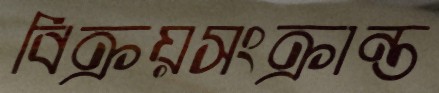
বিক্রয়সংক্রান্ত